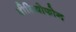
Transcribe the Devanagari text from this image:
वीडियोफोन